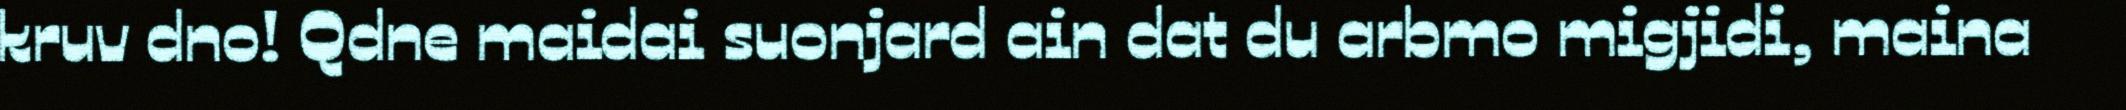
kruv dno! Qdne maidai suonjard ain dat du arbmo migjidi, maina